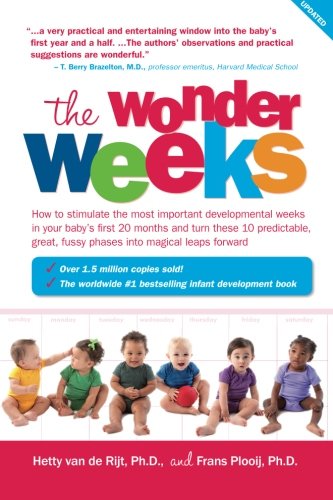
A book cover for The Wonder Weeks: How to Stimulate Your Baby's Mental Development and Help Him Turn His 10 Predictable, Great, Fussy Phases into Magical Leaps Forward; Frans X. Plooij; Parenting & Relationships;